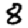
Digit: 8